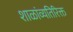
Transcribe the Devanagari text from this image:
शाळांव्यतिरिक्त